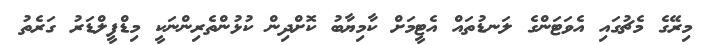
މިރޭގެ މެޗުގައި އެވަޓަންގެ ލަނޑުތައް އެޓީމަށް ކާމިޔާބު ކޮށްދިން ކުޅުންތެރިންނަކީ މިޑްފީލްޑަރު ގަރެތު